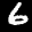
Label: 6